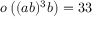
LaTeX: o \left( ( a b ) ^ { 3 } b \right) = 3 3